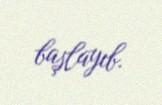
başlayıb.